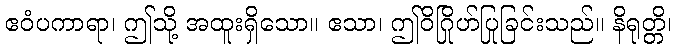
ဧဝံပကာရာ၊ ဤသို့ အထူးရှိသော။ ဧသာ၊ ဤဝိဂြိုဟ်ပြုခြင်းသည်။ နိရုတ္တိ၊